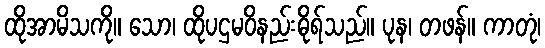
ထိုအာမိသကို။ သော၊ ထိုပဌမဝိနည်းဓိုရ်သည်။ ပုန၊ တဖန်။ ကာတုံ၊